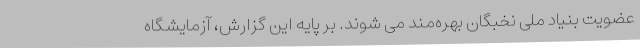
عضویت بنیاد ملی نخبگان بهره‌مند می شوند. بر پایه این گزارش، آزمایشگاه